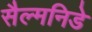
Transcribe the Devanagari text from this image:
सैल्मनिडे